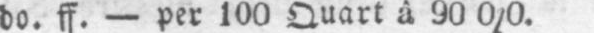
do. ff. - per 100 Quart à 90 0/0.